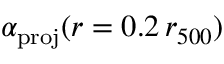
\alpha _ { \mathrm { p r o j } } ( r = 0 . 2 \, r _ { 5 0 0 } )